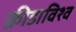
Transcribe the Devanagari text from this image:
क्रीडाविश्व